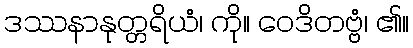
ဒဿနာနုတ္တရိယံ၊ ကို။ ဝေဒိတဗ္ဗံ၊ ၏။